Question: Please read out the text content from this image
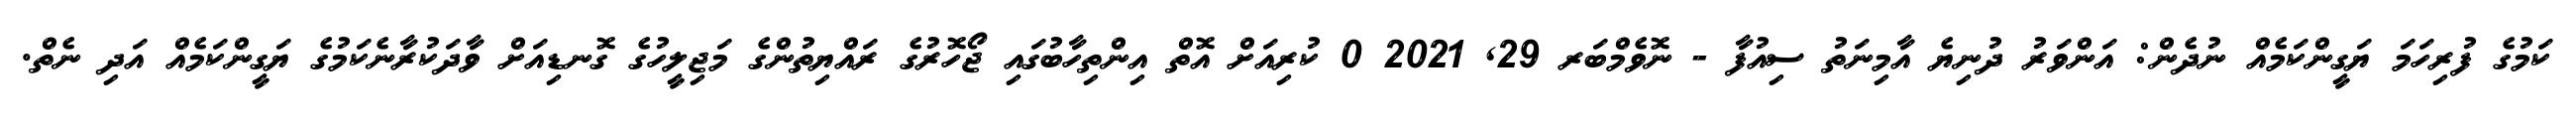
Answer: ކަމުގެ ފުރިހަމަ ޔަގީންކަމެއް ނުދެން: އަންވަރު ދުނިޔެ އާމިނަތު ސިއުފާ - ނޮވެމްބަރ 29, 2021 0 ކުރިއަށް އޮތް އިންތިހާބުގައި ޖޯހޮރުގެ ރައްޔިތުންގެ މަޖިލީހުގެ ގޮނޑިއަށް ވާދަކުރާނެކަމުގެ ޔަގީންކަމެއް އަދި ނެތް.